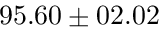
9 5 . 6 0 \pm 0 2 . 0 2